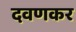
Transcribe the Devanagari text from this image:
दवणकर